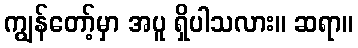
ကျွန်တော့်မှာ အပူ ရှိပါသလား။ ဆရာ။